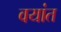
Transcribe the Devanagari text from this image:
वयांत